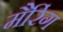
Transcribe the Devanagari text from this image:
मैरिंग